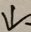
\downarrow